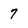
Character: 7